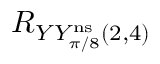
R _ { Y Y _ { \pi / 8 } ^ { \mathrm { n s } } ( 2 , 4 ) }